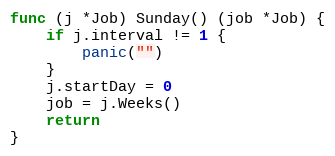
Language: Go
func (j *Job) Sunday() (job *Job) {
	if j.interval != 1 {
		panic("")
	}
	j.startDay = 0
	job = j.Weeks()
	return
}